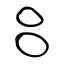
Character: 吕